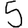
Digit: 5